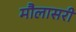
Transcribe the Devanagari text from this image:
मौलासरी